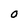
Character: O